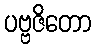
ပဗ္ဗဇိတော